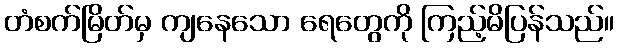
တံစက်မြိတ်မှ ကျနေသော ရေတွေကို ကြည့်မိပြန်သည်။